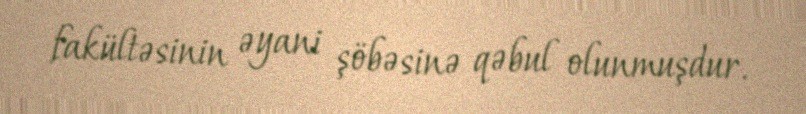
fakültəsinin əyani şöbəsinə qəbul olunmuşdur.